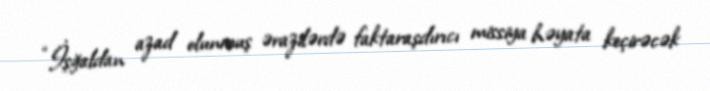
“İşğaldan azad olunmuş ərazilərdə faktaraşdırıcı missiya həyata keçirəcək